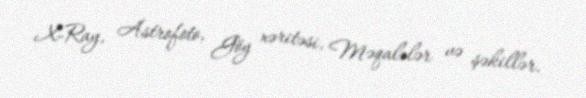
X-Ray, Astrofoto, Göy xəritəsi, Məqalələr və şəkillər.